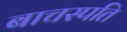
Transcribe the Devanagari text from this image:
बाचस्पति